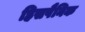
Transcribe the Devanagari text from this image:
हिसपैनिक